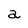
Character: a